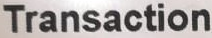
Transaction